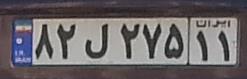
۸۲ل۲۷۵۱۱